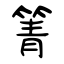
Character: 箐